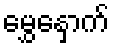
မွှေနှောက်